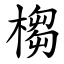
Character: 㮲